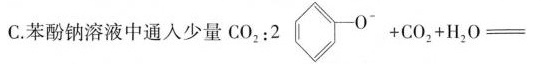
C.苯酚钠溶液中通入少量$$CO_{2}：2 O ^ { - } + CO_{2} + H_{2}O =